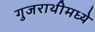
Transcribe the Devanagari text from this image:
गुजराथीमध्ये